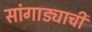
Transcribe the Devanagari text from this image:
सांगाड्याची